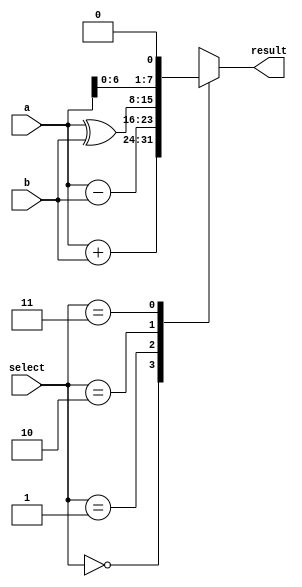
module B220068CS_SNEHA_3(input [7:0]a,b,input [1:0]select, output reg [7:0]result);
 
    always @(*)
    begin
        case (select)
            2'b00:
                begin
                    result=a+b;        
                end
            2'b01:
                begin
                    result=a-b;
                end
            2'b10:
                begin
                    result=a^b;
                end
            2'b11:
                begin
                    result=a<<1;
                end
            default:
                    result= 8'b00000000;
        endcase
    end

endmodule